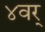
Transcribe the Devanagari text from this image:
४वर्